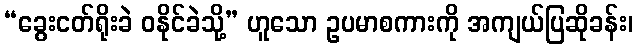
“ခွေးငတ်ရိုးခဲ ဝနိုင်ခဲသို့” ဟူသော ဥပမာစကားကို အကျယ်ပြဆိုခန်း၊